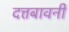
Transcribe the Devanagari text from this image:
दत्तबावनी